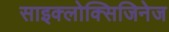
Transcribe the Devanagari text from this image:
साइक्लोक्सिजिनेज